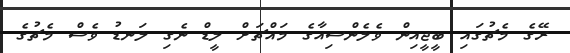
ރޭގެ މެޗުގައި ބީޖީއިން ވެލެންސިއާގެ މައްޗަށް ލީޑް ނެގި ލަނޑު ވެސް މެޗުގެ